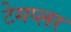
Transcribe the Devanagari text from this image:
टेमप्लर